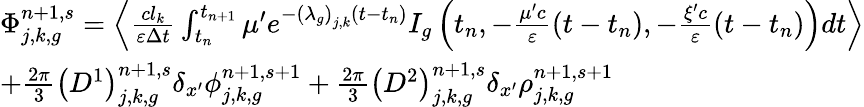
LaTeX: \begin{array}{l}{{\Phi_{j,k,g}^{n+1,s}=\left\langle\frac{cl_{k}}{\varepsilon\Delta t}\int_{t_{n}}^{t_{n+1}}\mu^{\prime}e^{-\left(\lambda_{g}\right)_{j,k}\left(t-t_{n}\right)}I_{g}\left(t_{n},-\frac{\mu^{\prime}c}{\varepsilon}\left(t-t_{n}\right),-\frac{\xi^{\prime}c}{\varepsilon}\left(t-t_{n}\right)\right)dt\right\rangle}}\\ {{+\frac{2\pi}{3}\left(D^{1}\right)_{j,k,g}^{n+1,s}\delta_{x^{\prime}}\phi_{j,k,g}^{n+1,s+1}+\frac{2\pi}{3}\left(D^{2}\right)_{j,k,g}^{n+1,s}\delta_{x^{\prime}}\rho_{j,k,g}^{n+1,s+1}}}\end{array}